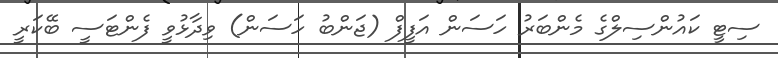
ސިޓީ ކައުންސިލްގެ މެންބަރު ހަސަން އަފީފް (ޖަންބު ހަސަން) ވިދާޅުވީ ފެންޓަސީ ބޭކަރީ